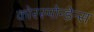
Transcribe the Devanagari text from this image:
कोरस्पोन्डेन्स